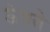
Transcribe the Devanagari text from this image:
ऊंघते